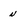
Character: n